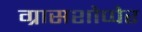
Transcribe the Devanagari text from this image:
ग्रासशोप्पेर